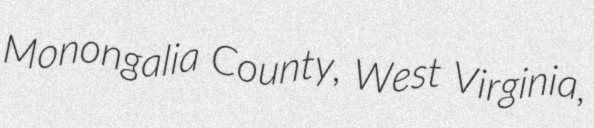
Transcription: Monongalia County, West Virginia,